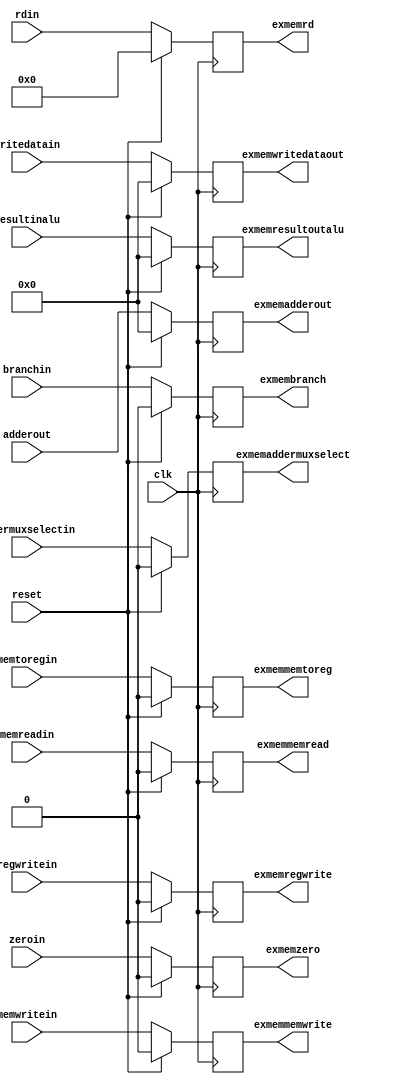
`timescale 1ns / 1ps

module exmemreg(
  input clk,reset,
  input [63:0] adderout, //adder output
  input [63:0] resultinalu,//64bit alu output
  input zeroin,//64bit alu output
  input [63:0] writedatain, //2 bit mux2by1 output
  input [4:0] rdin, //IDEX output
  input branchin,memreadin, memtoregin, memwritein, regwritein, //IDEXX outputs
  input addermuxselectin,
  output reg [63:0] exmemadderout,
  output reg exmemzero,
  output reg [63:0] exmemresultoutalu,
  output reg [63:0] exmemwritedataout,
  output reg [4:0] exmemrd,
  output reg exmembranch, exmemmemread, exmemmemtoreg, exmemmemwrite, exmemregwrite,
  output reg exmemaddermuxselect);
  
  always @(posedge clk)
    begin
      if (reset == 1'b1)
        begin
          exmemadderout = 64'b0;
          exmemzero = 1'b0;
          exmemresultoutalu = 63'b0;
          exmemwritedataout = 64'b0;
          exmemrd = 5'b0;
          exmembranch = 1'b0;
          exmemmemread = 1'b0;
          exmemmemtoreg =1'b0;
          exmemmemwrite = 1'b0;
          exmemregwrite = 1'b0;
          exmemaddermuxselect = 1'b0;
        end
      else
        begin
          exmemadderout = adderout;
          exmemzero = zeroin;
          exmemresultoutalu = resultinalu;
          exmemwritedataout = writedatain;
          exmemrd = rdin;
          exmembranch = branchin;
          exmemmemread = memreadin;
          exmemmemtoreg = memtoregin;
          exmemmemwrite = memwritein;
          exmemregwrite = regwritein;
          exmemaddermuxselect = addermuxselectin;
        end
    end
endmodule